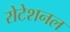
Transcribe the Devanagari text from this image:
रोटेशनल